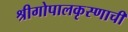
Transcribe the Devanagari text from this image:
श्रीगोपालकृस्णाची